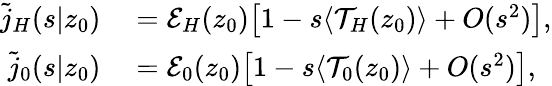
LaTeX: \begin{array}{rl}{\tilde{j}_{H}(s|z_{0})}&{{}=\mathcal{E}_{H}(z_{0})\bigl[1-s\langle\mathcal{T}_{H}(z_{0})\rangle+O(s^{2})\bigr],}\\ {\tilde{j}_{0}(s|z_{0})}&{{}=\mathcal{E}_{0}(z_{0})\bigl[1-s\langle\mathcal{T}_{0}(z_{0})\rangle+O(s^{2})\bigr],}\end{array}